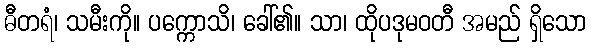
ဓီတရံ၊ သမီးကို။ ပက္ကောသိ၊ ခေါ်၏။ သာ၊ ထိုပဒုမဝတီ အမည် ရှိသော